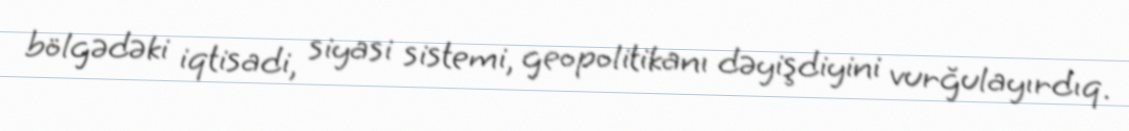
bölgədəki iqtisadi, siyasi sistemi, geopolitikanı dəyişdiyini vurğulayırdıq.